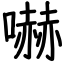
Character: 嚇